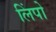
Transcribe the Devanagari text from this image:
लिंपो